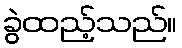
ခွဲထည့်သည်။